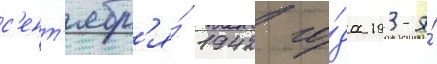
с'ент'ябр'я́ 1942 го́да 193-я́